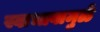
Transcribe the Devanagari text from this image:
स्वाभावामुळे